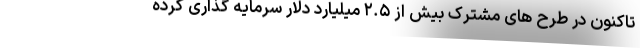
تاکنون در طرح های مشترک بیش از ۲.۵ میلیارد دلار سرمایه گذاری کرده